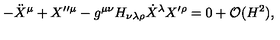
- \ddot { X } ^ { \mu } + X ^ { \prime \prime \mu } - g ^ { \mu \nu } H _ { \nu \lambda \rho } \dot { X } ^ { \lambda } X ^ { \prime \rho } = 0 + { \cal O } ( H ^ { 2 } ) ,